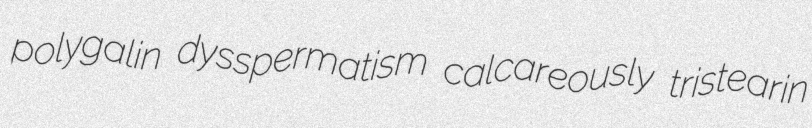
polygalin dysspermatism calcareously tristearin